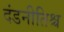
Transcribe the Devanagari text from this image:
दंडनीतिश्च